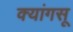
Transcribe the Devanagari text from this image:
क्यांगसू